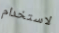
لاستخدام